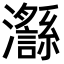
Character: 𪸅